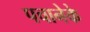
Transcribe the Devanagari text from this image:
पचानेके